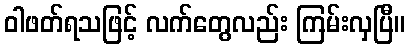
ဝါဖတ်ရသဖြင့် လက်တွေလည်း ကြမ်းလှပြီ။